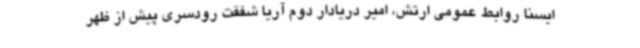
ایسنا روابط عمومی ارتش، امیر دریادار دوم آریا شفقت رودسری پیش از ظهر